Code of medical and sanitary regulations for the guidance of medical officers serving in the Madras Presidency - Volume I
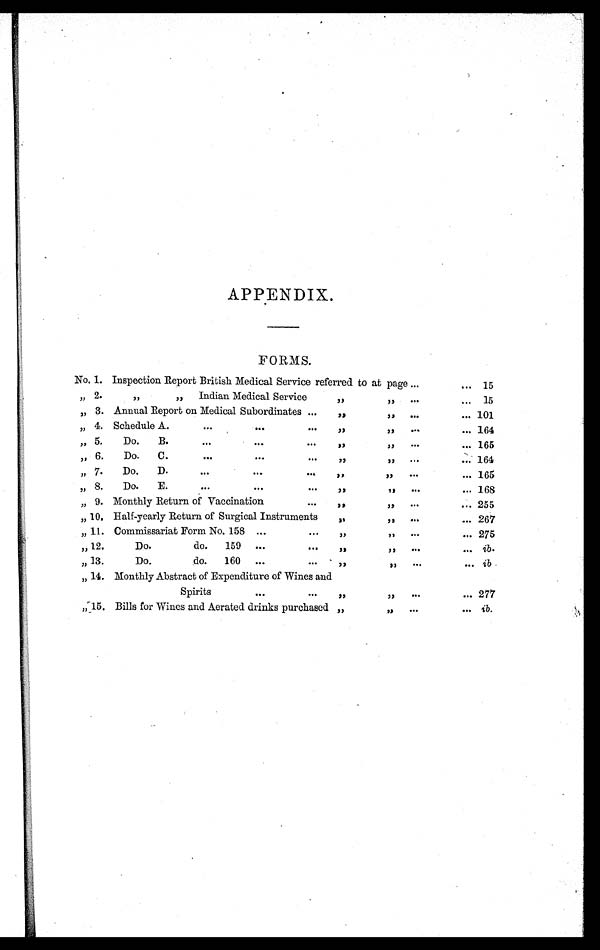
APPENDIX.
FORMS.
No. 1. Inspection Report British Medical Service referred to at page
. . .
... 15
„ 2.
„
„ Indian Medical Service
„ „
. . .
...
15
„ 3. Annual Report on Medical Subordinates ...
„ „
...
... 101
„ 4. Schedule A .
. . .
. . .
...
„ „
. . .
... 164
„
5.
Do.
B.
. . .
. . .
...
„ „
. . .
... 165
„ 6.
Do.
C.
. . .
. . .
...
„ „
. . .
...
164
„
7.
Do.
D.
. . .
. . .
...
„ „
. . .
... 165
„
8.
Do.
E.
. . .
. . .
...
„ „
. . .
...
168
„
9. Monthly Return of Vaccination
...
„ „
. . .
... 255
„ 10. Half-yearly Return of Surgical Instruments
„ „
. . .
... 267
„ 11. Commissariat Form No. 158 . . .
...
„ „
. . .
. . . 275
„ 12.
Do.
do.
159
...
...
„ „
. . .
...
ib.
„
13.
Do.
do.
160
...
...
„ „
. . .
...
i b .
„ 14. Monthly Abstract of Expenditure of Wines and
Spirits
. . .
...
„ „
...
... 277
„ 15. Bills for Wines and Aerated drinks purchased „
„
. . .
. . .
ib.